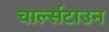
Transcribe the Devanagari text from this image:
चार्ल्सटाउन